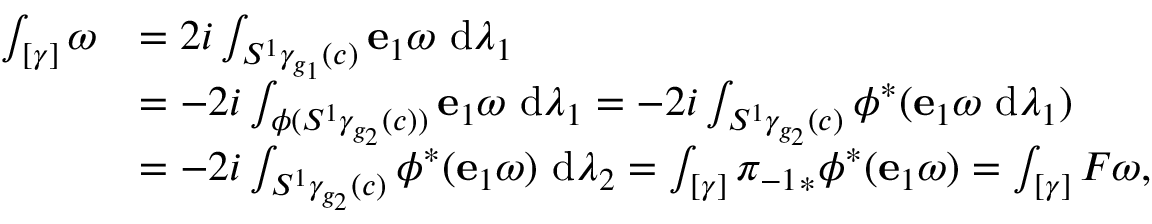
\begin{array} { r l } { \int _ { [ \gamma ] } \omega } & { = 2 i \int _ { S ^ { 1 } \gamma _ { g _ { 1 } } ( c ) } \mathbf { e } _ { 1 } \omega ~ \mathrm { d } \lambda _ { 1 } } \\ & { = - 2 i \int _ { \phi ( S ^ { 1 } \gamma _ { g _ { 2 } } ( c ) ) } \mathbf { e } _ { 1 } \omega ~ \mathrm { d } \lambda _ { 1 } = - 2 i \int _ { S ^ { 1 } \gamma _ { g _ { 2 } } ( c ) } \phi ^ { * } ( \mathbf { e } _ { 1 } \omega ~ \mathrm { d } \lambda _ { 1 } ) } \\ & { = - 2 i \int _ { S ^ { 1 } \gamma _ { g _ { 2 } } ( c ) } \phi ^ { * } ( \mathbf { e } _ { 1 } \omega ) ~ \mathrm { d } \lambda _ { 2 } = \int _ { [ \gamma ] } { \pi _ { - 1 } } _ { * } \phi ^ { * } ( \mathbf { e } _ { 1 } \omega ) = \int _ { [ \gamma ] } F \omega , } \end{array}